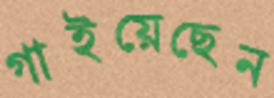
গাইয়েছেন